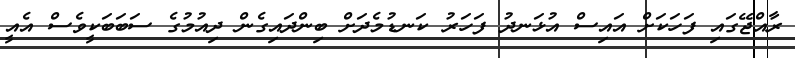
ރާއްޖޭގައި ފަހަކަށް އައިސް އުޅަނދު ފަހަރު ކަނޑުމެދަށް ބިންދައިގެން ދިއުމުގެ ސަބަބަކީވެސް އެއީ